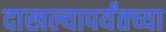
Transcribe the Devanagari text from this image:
दाखल्यापर्यंतच्या